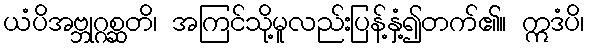
ယံပိအဗ္ဘုဂ္ဂစ္ဆတိ၊ အကြင်သို့မူလည်းပြန့်နှံ့၍တက်၏။ ဣဒံပိ၊